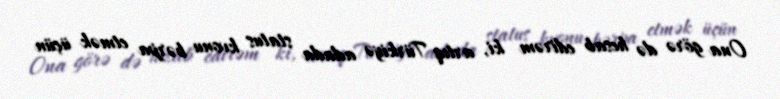
Ona görə də hesab edirəm ki, artıq Türkiyə adada status kvonu bərpa etmək üçün